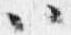
以